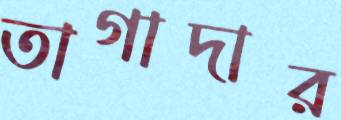
তাগাদার